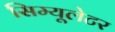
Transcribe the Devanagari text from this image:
सिम्यूलेटर